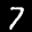
Label: 7